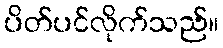
ပိတ်ပင်လိုက်သည်။